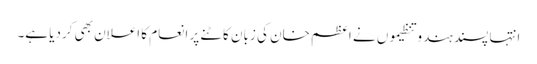
انتہا پسند ہندو تنظیموں نے اعظم خان کی زبان کاٹنے پر انعام کا اعلان بھی کردیا ہے۔